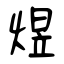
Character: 煜